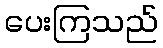
ပေးကြသည်